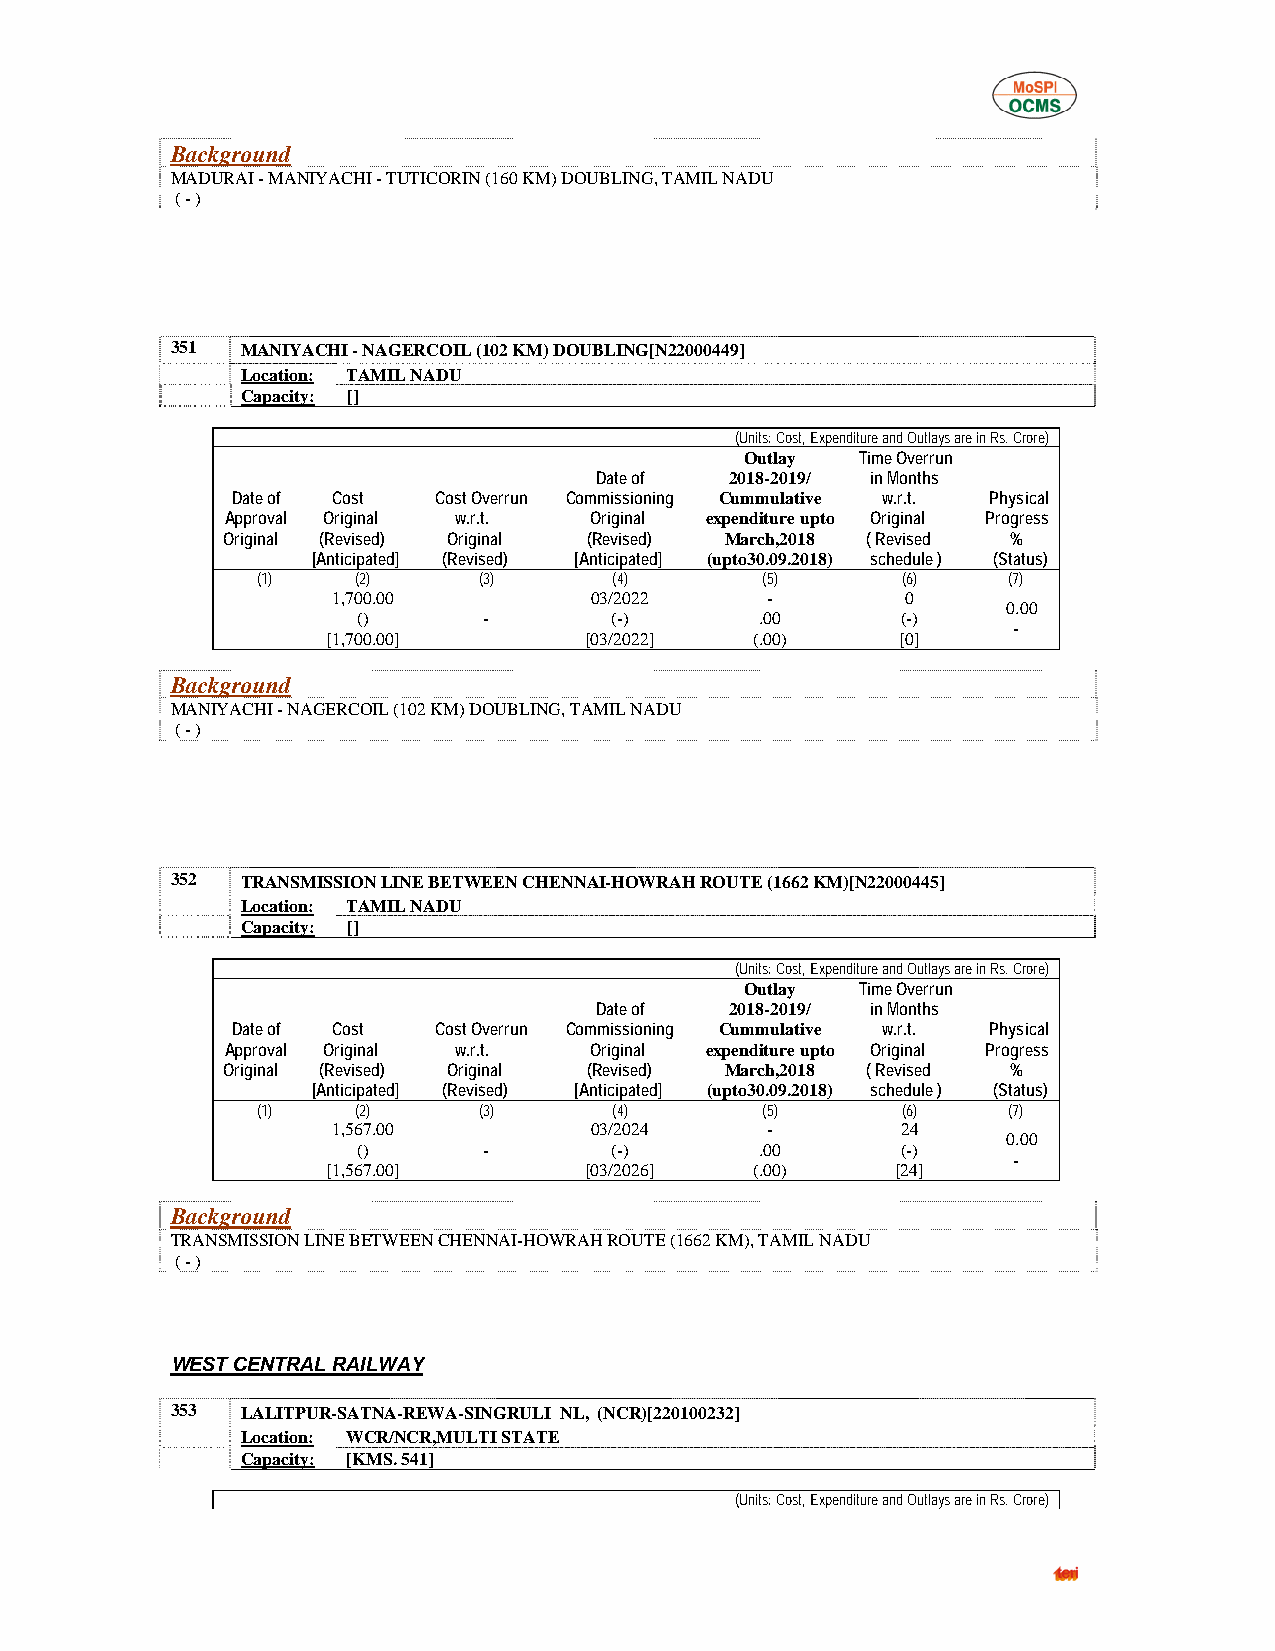
Background
 MADURAI - MANIYACHI - TUTICORIN (160 KM) DOUBLING, TAMIL NADU
 ( - )
 351  MANIYACHI - NAGERCOIL (102 KM) DOUBLING[N22000449]
 Location: TAMIL NADU
 Capacity: []
 (Units: Cost, Expenditure and Outlays are in Rs. Crore)
 Outlay  Time Overrun
 Date of  2018-2019/ in Months
 Date of Cost  Cost Overrun Commissioning Cummulative w.r.t. Physical
 Approval Original w.r.t. Original expenditure upto Original Progress
 Original (Revised) Original (Revised) March,2018 ( Revised %
 [Anticipated] (Revised) [Anticipated] (upto30.09.2018) schedule ) (Status)
 (1)    (2)     (3)      (4)      (5)       (6)    (7)
 1,700.00         03/2022     -        0
 0.00
 ()      -       (-)       .00       (-)
 -
 [1,700.00]       [03/2022]  (.00)     [0]
 Background
 MANIYACHI - NAGERCOIL (102 KM) DOUBLING, TAMIL NADU
 ( - )
 352  TRANSMISSION LINE BETWEEN CHENNAI-HOWRAH ROUTE (1662 KM)[N22000445]
 Location: TAMIL NADU
 Capacity: []
 (Units: Cost, Expenditure and Outlays are in Rs. Crore)
 Outlay  Time Overrun
 Date of  2018-2019/ in Months
 Date of Cost  Cost Overrun Commissioning Cummulative w.r.t. Physical
 Approval Original w.r.t. Original expenditure upto Original Progress
 Original (Revised) Original (Revised) March,2018 ( Revised %
 [Anticipated] (Revised) [Anticipated] (upto30.09.2018) schedule ) (Status)
 (1)    (2)     (3)      (4)      (5)       (6)    (7)
 1,567.00         03/2024     -        24
 0.00
 ()      -       (-)       .00       (-)
 -
 [1,567.00]       [03/2026]  (.00)    [24]
 Background
 TRANSMISSION LINE BETWEEN CHENNAI-HOWRAH ROUTE (1662 KM), TAMIL NADU
 ( - )
 WEST CENTRAL RAILWAY
 353  LALITPUR-SATNA-REWA-SINGRULI NL, (NCR)[220100232]
 Location: WCR/NCR,MULTI STATE
 Capacity: [KMS. 541]
 (Units: Cost, Expenditure and Outlays are in Rs. Crore)